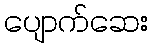
ပျောက်ဆေး